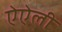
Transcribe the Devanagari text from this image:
ऐऐली